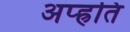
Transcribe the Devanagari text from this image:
अप्ह्रति